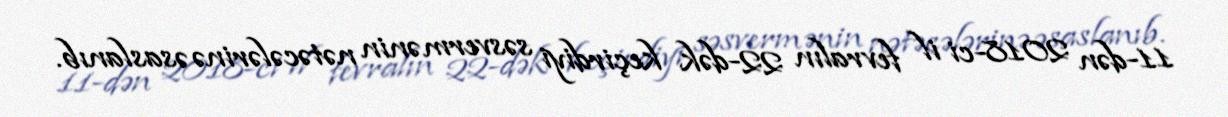
11-dən 2018-ci il fevralın 22-dək keçirdiyi səsvermənin nətəcələrinə əsaslanıb.